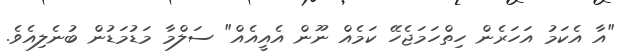
"އާ އެކަމު އަހަރެން ހިތްހަމަޖެހޭ ކަމެއް ނޫން އެއީއެއް" ސަލްމާ މަޑުމަޑުން ބުނެލިއެވެ.